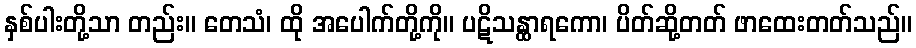
နှစ်ပါးတို့သာ တည်း။ တေသံ၊ ထို အပေါက်တို့ကို။ ပဋိသန္ထာရကော၊ ပိတ်ဆို့တတ် ဖာထေးတတ်သည်။